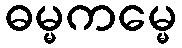
ဓမ္မကမ္မေ